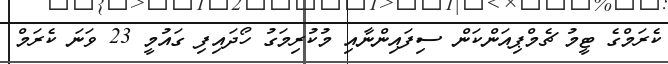
ކެރަމްގެ ޓީމު ޗެމްޕިއަންކަން ސިފައިންނާއި މުކުރިމަގު ހޯދައިފި ގައުމީ 23 ވަނަ ކެރަމް